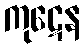
ကုဋေန